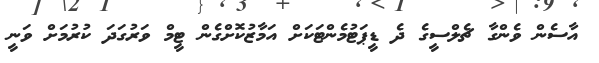
އާސެން ވެންގާ ޗެލްސީގެ ދެ ޑީޕަޓުމެންޓަކަށް އަމާޒުކޮށްގެން ޓީމް ވަރުގަދަ ކުރުމަށް ވަނީ